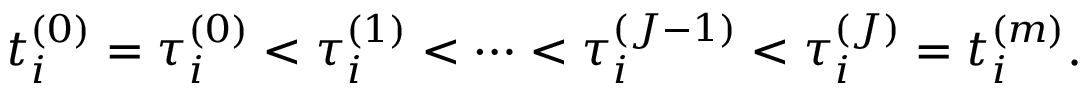
t _ { i } ^ { ( 0 ) } = \tau _ { i } ^ { ( 0 ) } < \tau _ { i } ^ { ( 1 ) } < \cdots < \tau _ { i } ^ { ( J - 1 ) } < \tau _ { i } ^ { ( J ) } = t _ { i } ^ { ( m ) } .